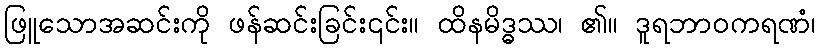
ဖြူသောအဆင်းကို ဖန်ဆင်းခြင်း၎င်း။ ထိနမိဒ္ဓဿ၊ ၏။ ဒူရဘာဝကရဏံ၊